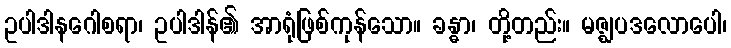
ဥပါဒါနဂေါစရာ၊ ဥပါဒါန်၏ အာရုံဖြစ်ကုန်သော။ ခန္ဓာ၊ တို့တည်း။ မဇ္ဈပဒလောပေါ၊